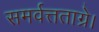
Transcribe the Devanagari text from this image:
समर्वत्तताग्रे।